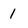
Character: 1